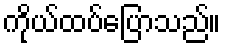
ကိုယ်ထပ်ပြောသည်။